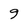
Character: 9